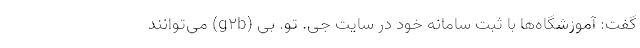
گفت: آموزشگاه‌ها با ثبت سامانه خود در سایت جی. تو. بی (g۲b) می‌توانند